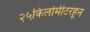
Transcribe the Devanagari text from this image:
२५किलोमीटरहून